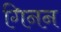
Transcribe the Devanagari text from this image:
गिनन